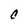
Character: C